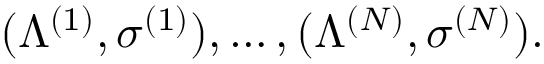
( \Lambda ^ { ( 1 ) } , \sigma ^ { ( 1 ) } ) , \dots , ( \Lambda ^ { ( N ) } , \sigma ^ { ( N ) } ) .